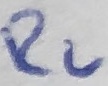
Text: R2